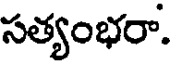
సత్యంభరా.